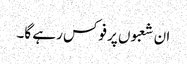
ان شعبوں پر فوکس رہے گا۔